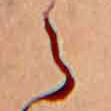
ら